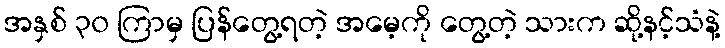
အနှစ် ၃၀ ကြာမှ ပြန်တွေ့ရတဲ့ အမေ့ကို တွေ့တဲ့ သားက ဆို့နင့်သံနဲ့